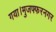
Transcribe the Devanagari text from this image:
गया।मुजफ्फरनगर